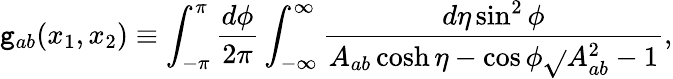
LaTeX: \mathtt{g}_{ab}(x_{1},x_{2})\equiv\int_{-\pi}^{\pi}\frac{{d\phi}}{{2\pi}}\int_{-\infty}^{\infty}\frac{{d\eta\sin^{2}\phi}}{{A_{ab}\cosh\eta-\cos\phi\sqrt{}{{A_{ab}^{2}-1}}}},